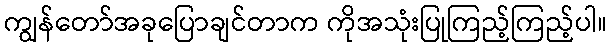
ကျွန်တော်အခုပြောချင်တာက ကိုအသုံးပြုကြည့်ကြည့်ပါ။